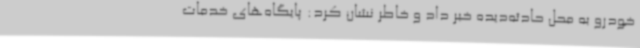
خودرو به محل حادثه‌دیده خبر داد و خاطر نشان کرد: پایگاه‌های خدمات